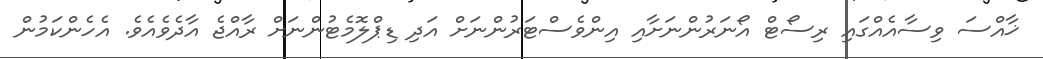
ޚާއްސަ ވިސާއެއްގައި ރިސޯޓް އޯނަރުންނަށާއި އިންވެސްޓަރުންނަށް އަދި ޑިޕްލޮމެޓުންނަށް ރާއްޖެ އާދެވެއެވެ. އެހެންކަމުން